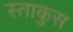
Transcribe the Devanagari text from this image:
स्ताकुस